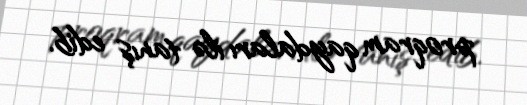
proqram qaydaları ilə tanış edib.